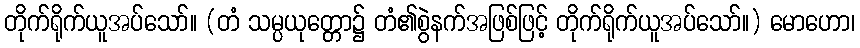
တိုက်ရိုက်ယူအပ်သော်။ (တံ သမ္ပယုတ္တော၌ တံ၏စွဲနက်အဖြစ်ဖြင့် တိုက်ရိုက်ယူအပ်သော်။) မောဟော၊